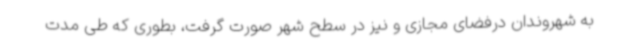
به شهروندان درفضای مجازی و نیز در سطح شهر صورت گرفت، بطوری که طی مدت